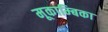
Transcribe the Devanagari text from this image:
मूकाम्‍बिका